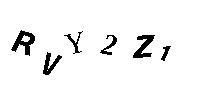
RVY2Z1